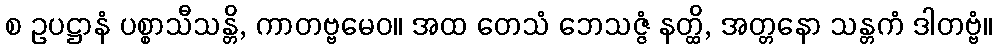
စ ဥပဋ္ဌာနံ ပစ္စာသီသန္တိ, ကာတဗ္ဗမေဝ။ အထ တေသံ ဘေသဇ္ဇံ နတ္ထိ, အတ္တနော သန္တကံ ဒါတဗ္ဗံ။